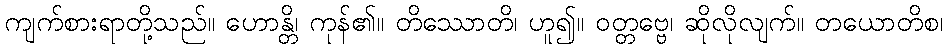
ကျက်စားရာတို့သည်။ ဟောန္တိ၊ ကုန်၏။ တိဿောတိ၊ ဟူ၍။ ဝတ္တဗ္ဗေ၊ ဆိုလိုလျက်။ တယောတိစ၊